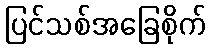
ပြင်သစ်အခြေစိုက်